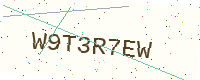
Text: W9T3R7EW